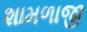
શામળાજી